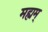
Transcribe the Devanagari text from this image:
मह्यम्